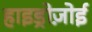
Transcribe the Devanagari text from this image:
हाइड्रोज़ोई